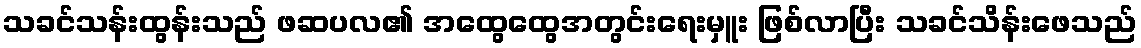
သခင်သန်းထွန်းသည် ဖဆပလ၏ အထွေထွေအတွင်းရေးမှူး ဖြစ်လာပြီး သခင်သိန်းဖေသည်